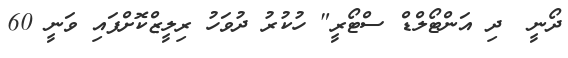
ދޯނީ  ދި އަންޓޯލްޑް ސްޓޯރީ" ހުކުރު ދުވަހު ރިލީޒްކޮށްފައި ވަނީ 60